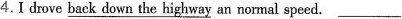
4.I drove \underline{back down the highway } an normal speed.